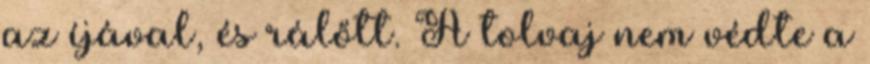
az íjával, és rálőtt. A tolvaj nem védte a